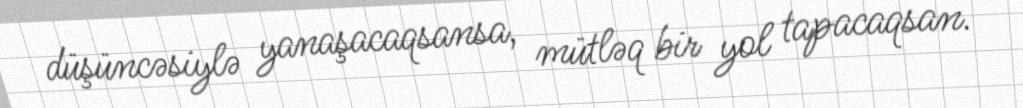
düşüncəsiylə yanaşacaqsansa, mütləq bir yol tapacaqsan.